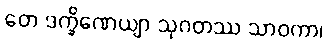
တေ ဒက္ခိဏေယျာ သုဂတဿ သာဝကာ၊